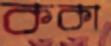
ককা